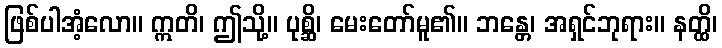
ဖြစ်ပါအံ့လော။ ဣတိ၊ ဤသို့။ ပုစ္ဆိ၊ မေးတော်မူ၏။ ဘန္တေ၊ အရှင်ဘုရား။ နတ္ထိ၊